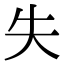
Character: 失